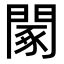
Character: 䦠